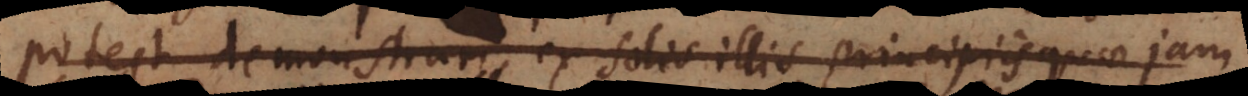
possit demonstrari, ex illis solis principiis quae jam